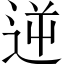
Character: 逆